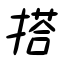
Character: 搭